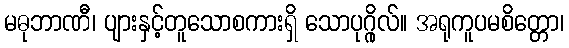
မဓုဘာဏီ၊ ပျားနှင့်တူသောစကားရှိ သောပုဂ္ဂိုလ်။ အရုကူပမစိတ္တော၊